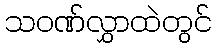
သဝဏ်လွှာထဲတွင်